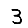
Digit: 3